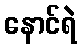
နောင်ရဲ